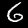
Label: 6